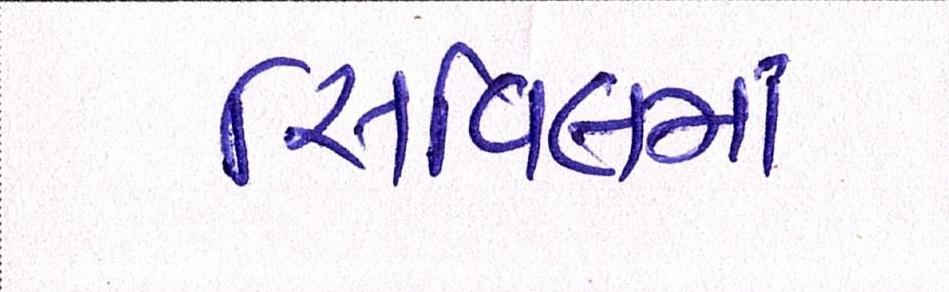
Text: સિવિલમાં